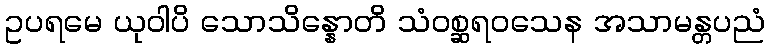
ဥပရမေ ယုဝါပိ သောသိန္နောတိ သံဝစ္ဆရဝသေန အသာမန္တပညံ